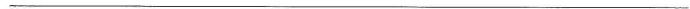
___